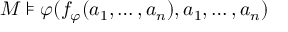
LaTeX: M \models \varphi ( f _ { \varphi } ( a _ { 1 } , \dots , a _ { n } ) , a _ { 1 } , \dots , a _ { n } )